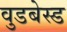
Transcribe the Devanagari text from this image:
वुडबेस्ड